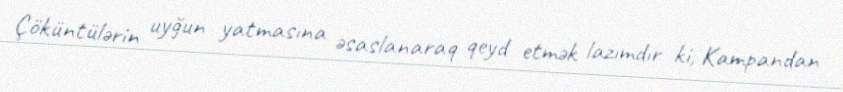
Çöküntülərin uyğun yatmasına əsaslanaraq qeyd etmək lazımdır ki, Kampandan